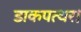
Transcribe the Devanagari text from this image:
डाकपत्थर।